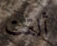
ألقت